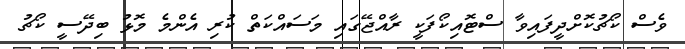
ވެސް ކޯޗުކޮށްދީފައިވާ ސްޓޮއިކޯފަކީ ރާއްޖޭގައި މަސައްކަތް ކުރި އެންމެ މޮޅު ބިދޭސީ ކޯޗު